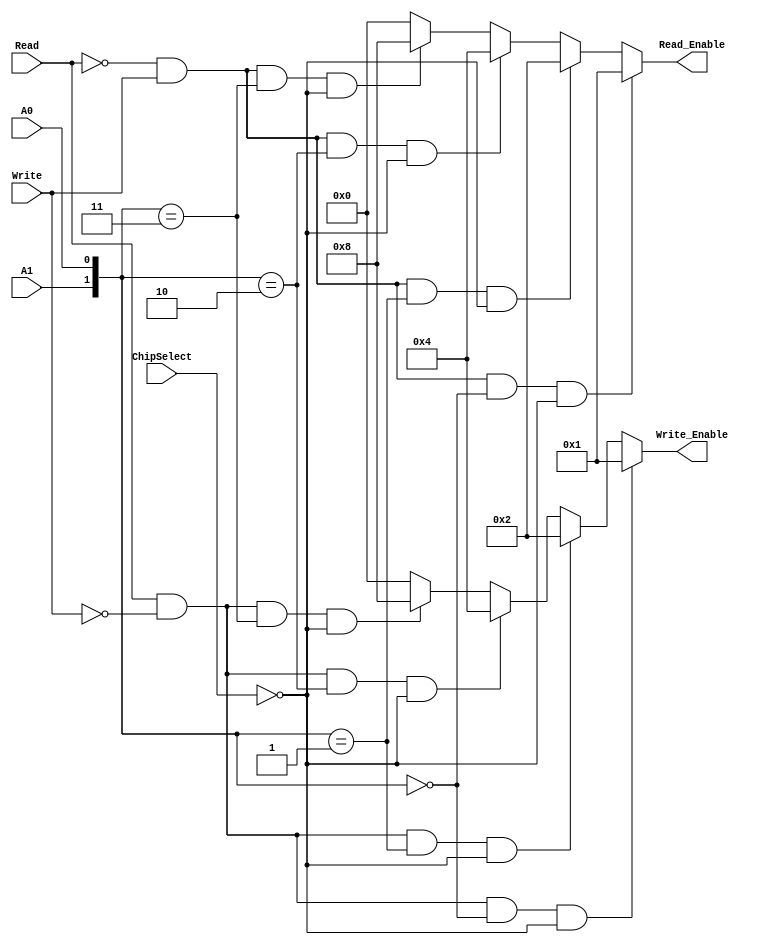
module Read_Write(
       input Read,
       input Write,
       input ChipSelect,
       input A0,
       input A1,
       output [3:0] Read_Enable, // bit0 --> counter 0
                                 // bit1 --> counter 1
                                 // bit2 --> counter 2
                                 // bit3 --> control register
       output [3:0] Write_Enable
);

assign Read_Enable = ((Read == 1'b0 && Write == 1'b1) && {A1,A0} == 2'b00 && ChipSelect == 1'b0) ? 4'b0001 :
                     ((Read == 1'b0 && Write == 1'b1) && {A1,A0} == 2'b01 && ChipSelect == 1'b0) ? 4'b0010 :
                     ((Read == 1'b0 && Write == 1'b1) && {A1,A0} == 2'b10 && ChipSelect == 1'b0) ? 4'b0100 : 
                     ((Read == 1'b0 && Write == 1'b1) && {A1,A0} == 2'b11 && ChipSelect == 1'b0) ? 4'b1000 : 4'b0000 ;

assign Write_Enable = ((Read == 1'b1 && Write == 1'b0) && {A1,A0} == 2'b00 && ChipSelect == 1'b0) ? 4'b0001 :
                      ((Read == 1'b1 && Write == 1'b0) && {A1,A0} == 2'b01 && ChipSelect == 1'b0) ? 4'b0010 :
                      ((Read == 1'b1 && Write == 1'b0) && {A1,A0} == 2'b10 && ChipSelect == 1'b0) ? 4'b0100 : 
                      ((Read == 1'b1 && Write == 1'b0) && {A1,A0} == 2'b11 && ChipSelect == 1'b0) ? 4'b1000 : 4'b0000 ;

endmodule